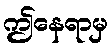
ဤနေရာမှ